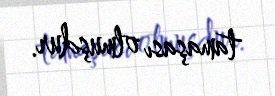
tamaşası olmuşdur.